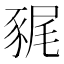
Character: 𧱎